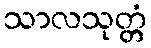
သာလသုတ္တံ